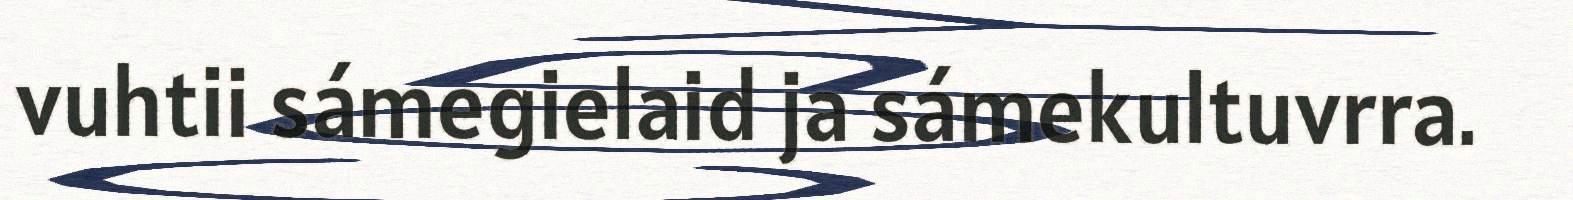
vuhtii sámegielaid ja sámekultuvrra.